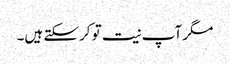
مگر آپ نیت تو کرسکتے ہیں۔